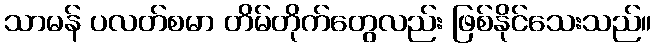
သာမန် ပလတ်စမာ တိမ်တိုက်တွေလည်း ဖြစ်နိုင်သေးသည်။